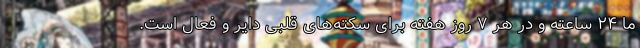
ما ۲۴ ساعته و در هر ۷ روز هفته برای سکته‌های قلبی دایر و فعال است.